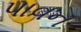
પાવન